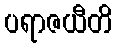
ပရာဇယီတိ